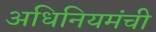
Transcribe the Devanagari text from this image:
अधिनियमंची